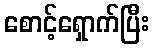
စောင့်ရှောက်ပြီး